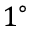
1 ^ { \circ }